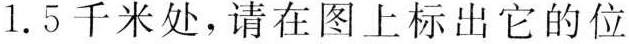
1.5千米处，请在图上标出它的位